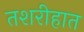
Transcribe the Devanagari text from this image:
तशरीहात